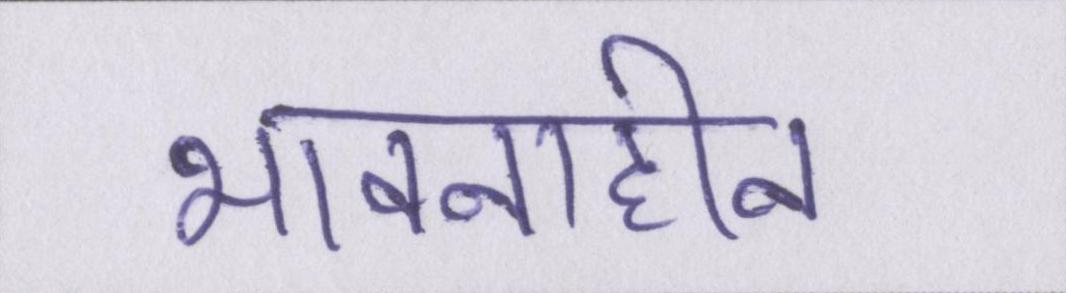
भावनाहीन